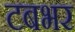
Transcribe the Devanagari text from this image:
टबभर